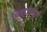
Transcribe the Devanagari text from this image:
थिएटरकडून